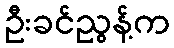
ဦးခင်ညွန့်က